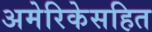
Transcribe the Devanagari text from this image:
अमेरिकेसहित